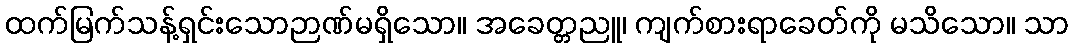
ထက်မြက်သန့်ရှင်းသောဉာဏ်မရှိသော။ အခေတ္တညူ၊ ကျက်စားရာခေတ်ကို မသိသော။ သာ